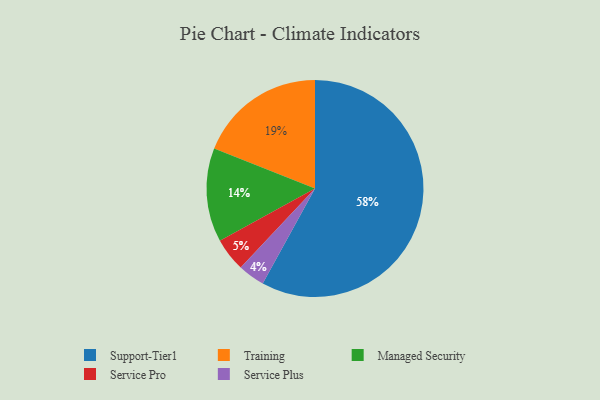
{"axis": {"x": "Category", "y": "Percentage"}, "legend": ["Managed Security", "Service Plus", "Service Pro", "Support-Tier1", "Training"], "data": [{"x": "Service Plus", "y": 4, "type": "Service Plus"}, {"x": "Training", "y": 19, "type": "Training"}, {"x": "Service Pro", "y": 5, "type": "Service Pro"}, {"x": "Managed Security", "y": 14, "type": "Managed Security"}, {"x": "Support-Tier1", "y": 58, "type": "Support-Tier1"}]}